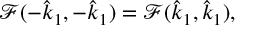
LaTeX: \mathcal { F } ( - \hat { k } _ { 1 } , - \hat { k } _ { 1 } ) = \mathcal { F } ( \hat { k } _ { 1 } , \hat { k } _ { 1 } ) ,